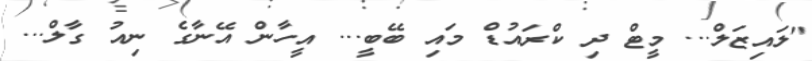
"ލައިޒަލް... މީޓް ދި ކްރައުޑް މައި ބޭބީ... އީހާން އޭނާގެ ނިއު ގާލް...